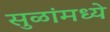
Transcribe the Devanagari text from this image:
सुळांमध्ये